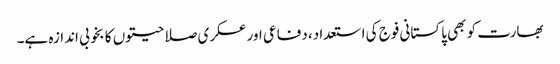
بھارت کو بھی پاکستانی فوج کی استعداد، دفاعی اور عسکری صلاحیتوں کا بخوبی اندازہ ہے۔